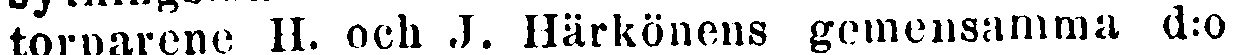
torparene H. och J. Härkönens gemensamma d:o